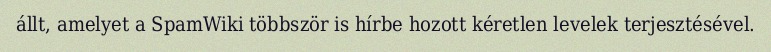
állt, amelyet a SpamWiki többször is hírbe hozott kéretlen levelek terjesztésével.